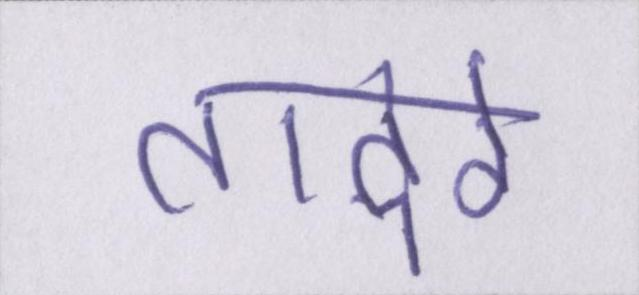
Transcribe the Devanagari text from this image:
तादेरे